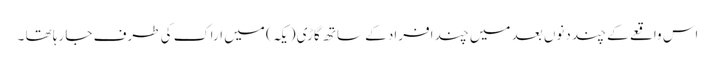
اس واقعے کے چند دنوں بعد میں چند افراد کے ساتھ گاڑی ( یکہ ) میں اراک کی طرف جا رہا تھا ۔